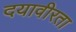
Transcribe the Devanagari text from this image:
दयावीरता